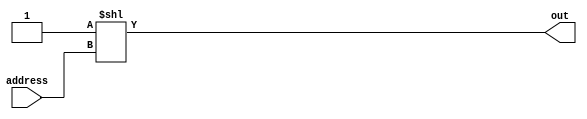
module decoder (
    input [ad_lines - 1 : 0] address,
    output [(2 ** ad_lines) - 1 : 0] out
);

    parameter ad_lines = 4;
    assign out = 1'b1 << address;

endmodule